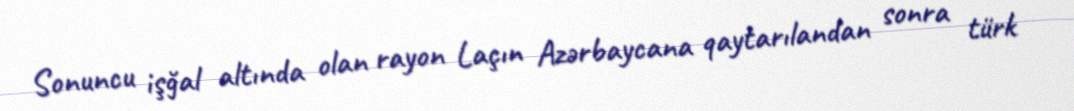
Sonuncu işğal altında olan rayon Laçın Azərbaycana qaytarılandan sonra türk